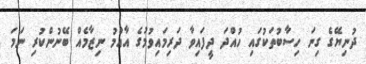
ދުނިޔޭގެ ގިނަ ހިސާބުތަކުގައި ހުއްދަ ދީފައިވާ ދަރިމައިވުމުގެ އާއްމު ނިޒާމެއް ބޭނުންކުރި ނަމަ